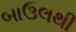
બાઉલથી